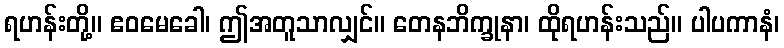
ရဟန်းတို့။ ဧဝမေခေါ၊ ဤအတူသာလျှင်။ တေနဘိက္ခုနာ၊ ထိုရဟန်းသည်။ ပါပကာနံ၊